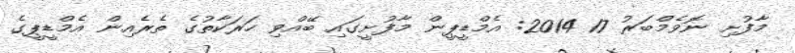
މާފުށި ނޮވެމްބަރު 17 2014: އެމްޑީޕީން މާފުށީގައި ބޭއްވި ހަރަކާތުގެ ތެރެއިން އެމްޑީޕީގެ